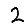
Digit: 2